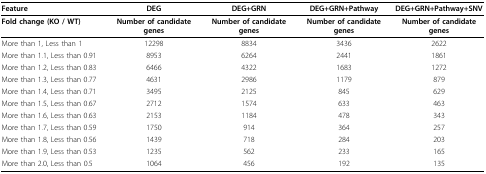
| Feature | DEG | DEG+GRN | DEG+GRN+Pathway | DEG+GRN+Pathway+SNV |
 | --- | --- | --- | --- | --- |
 | Fold change (KO / WT) | Number of candidate genes | Number of candidate genes | Number of candidate genes | Number of candidate genes |
 | More than 1, Less than 1 | 12298 | 8834 | 3436 | 2622 |
 | More than 1.1, Less than 0.91 | 8953 | 6264 | 2441 | 1861 |
 | More than 1.2, Less than 0.83 | 6466 | 4322 | 1683 | 1272 |
 | More than 1.3, Less than 0.77 | 4631 | 2986 | 1179 | 879 |
 | More than 1.4, Less than 0.71 | 3495 | 2125 | 845 | 629 |
 | More than 1.5, Less than 0.67 | 2712 | 1574 | 633 | 463 |
 | More than 1.6, Less than 0.63 | 2153 | 1184 | 478 | 343 |
 | More than 1.7, Less than 0.59 | 1750 | 914 | 364 | 257 |
 | More than 1.8, Less than 0.56 | 1439 | 718 | 284 | 203 |
 | More than 1.9, Less than 0.53 | 1235 | 562 | 233 | 165 |
 | More than 2.0, Less than 0.5 | 1064 | 456 | 192 | 135 |